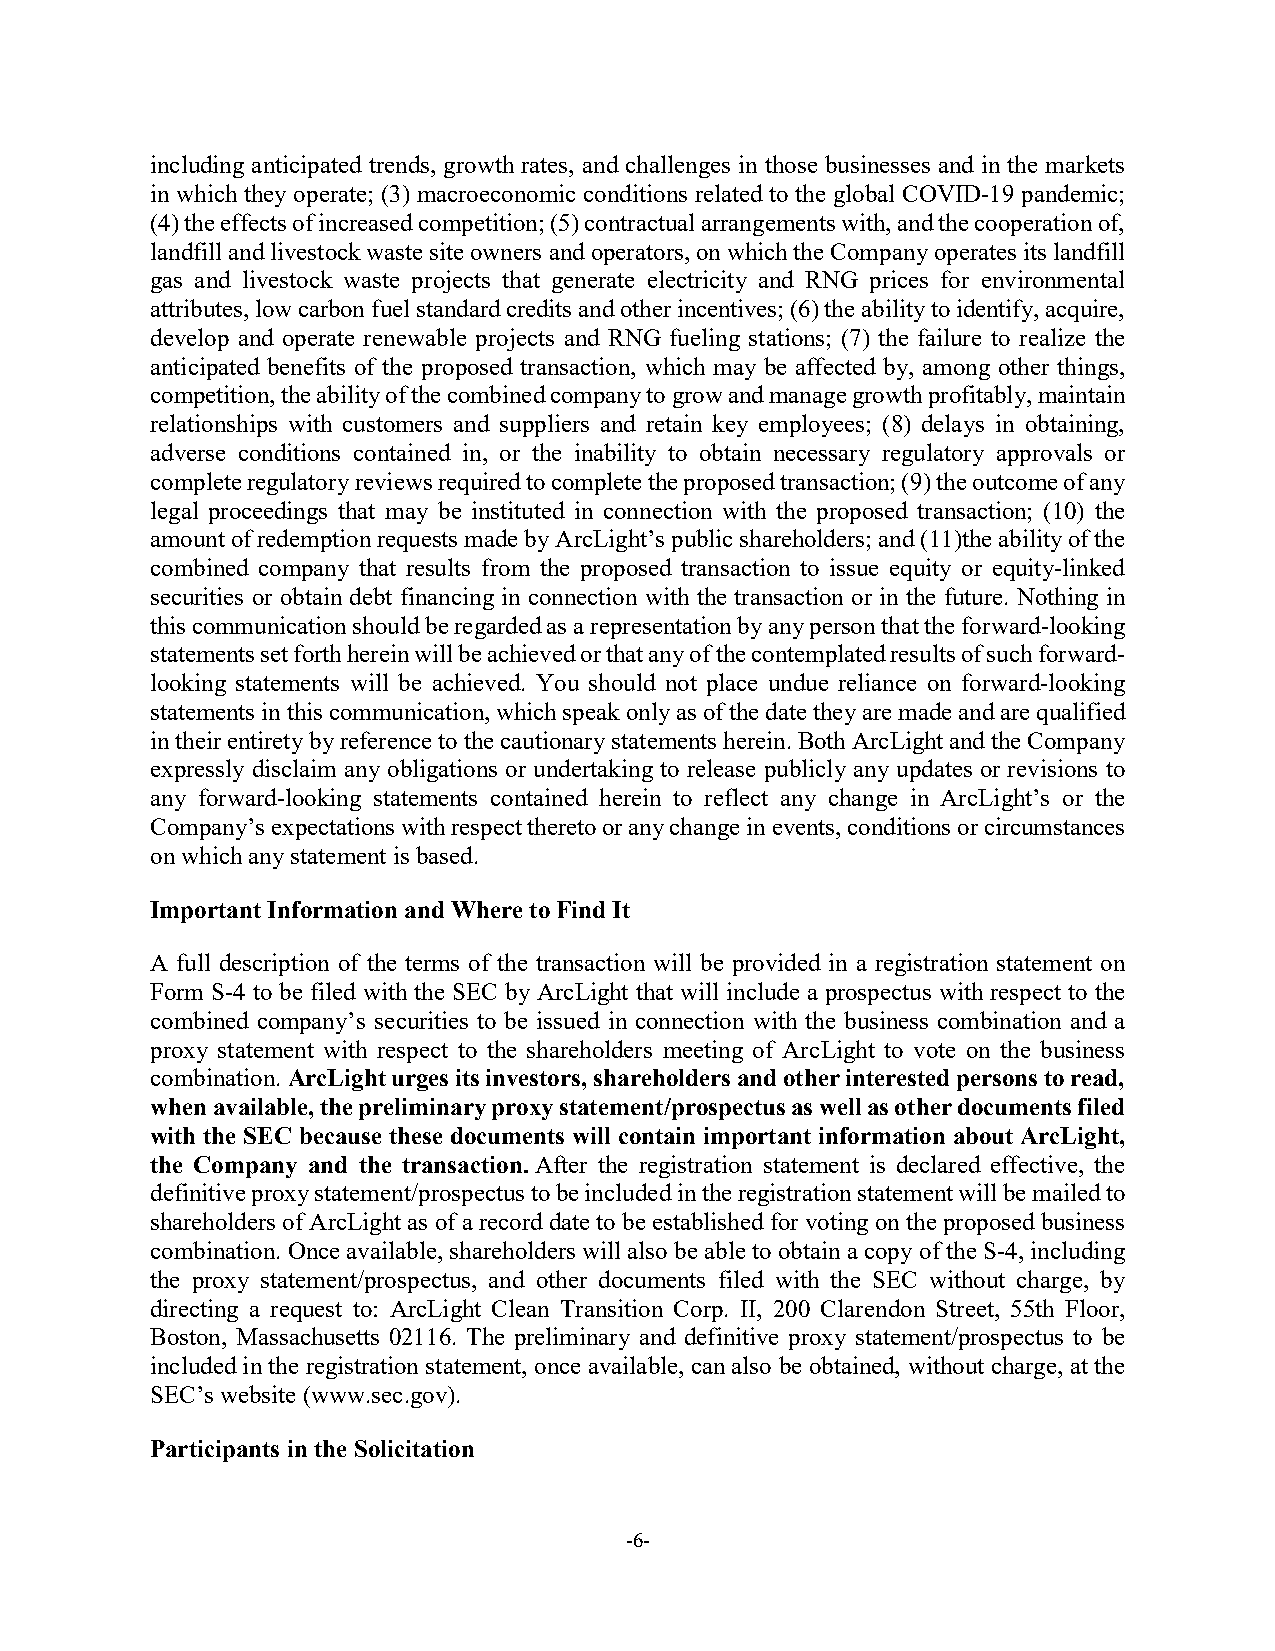
including anticipated trends, growth rates, and challenges in those businesses and in the markets
 in which they operate; (3) macroeconomic conditions related to the global COVID-19 pandemic;
 (4) the effects of increased competition; (5) contractual arrangements with, and the cooperation of,
 landfill and livestock waste site owners and operators, on which the Company operates its landfill
 gas and livestock waste projects that generate electricity and RNG prices for environmental
 attributes, low carbon fuel standard credits and other incentives; (6) the ability to identify, acquire,
 develop and operate renewable projects and RNG fueling stations; (7) the failure to realize the
 anticipated benefits of the proposed transaction, which may be affected by, among other things,
 competition, the ability of the combined company to grow and manage growth profitably, maintain
 relationships with customers and suppliers and retain key employees; (8) delays in obtaining,
 adverse conditions contained in, or the inability to obtain necessary regulatory approvals or
 complete regulatory reviews required to complete the proposed transaction; (9) the outcome of any
 legal proceedings that may be instituted in connection with the proposed transaction; (10) the
 amount of redemption requests made by ArcLight’s public shareholders; and (11)the ability of the
 combined company that results from the proposed transaction to issue equity or equity-linked
 securities or obtain debt financing in connection with the transaction or in the future. Nothing in
 this communication should be regarded as a representation by any person that the forward-looking
 statements set forth herein will be achieved or that any of the contemplated results of such forward-
 looking statements will be achieved. You should not place undue reliance on forward-looking
 statements in this communication, which speak only as of the date they are made and are qualified
 in their entirety by reference to the cautionary statements herein. Both ArcLight and the Company
 expressly disclaim any obligations or undertaking to release publicly any updates or revisions to
 any forward-looking statements contained herein to reflect any change in ArcLight’s or the
 Company’s expectations with respect thereto or any change in events, conditions or circumstances
 on which any statement is based.
 Important Information and Where to Find It
 A full description of the terms of the transaction will be provided in a registration statement on
 Form S-4 to be filed with the SEC by ArcLight that will include a prospectus with respect to the
 combined company’s securities to be issued in connection with the business combination and a
 proxy statement with respect to the shareholders meeting of ArcLight to vote on the business
 combination. ArcLight urges its investors, shareholders and other interested persons to read,
 when available, the preliminary proxy statement/prospectus as well as other documents filed
 with the SEC because these documents will contain important information about ArcLight,
 the Company and the transaction. After the registration statement is declared effective, the
 definitive proxy statement/prospectus to be included in the registration statement will be mailed to
 shareholders of ArcLight as of a record date to be established for voting on the proposed business
 combination. Once available, shareholders will also be able to obtain a copy of the S-4, including
 the proxy statement/prospectus, and other documents filed with the SEC without charge, by
 directing a request to: ArcLight Clean Transition Corp. II, 200 Clarendon Street, 55th Floor,
 Boston, Massachusetts 02116. The preliminary and definitive proxy statement/prospectus to be
 included in the registration statement, once available, can also be obtained, without charge, at the
 SEC’s website (www.sec.gov).
 Participants in the Solicitation
 -6-